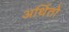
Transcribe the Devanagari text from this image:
अर्थितो